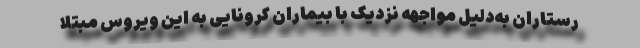
رستاران به‌دلیل مواجهه نزدیک با بیماران کرونایی به این ویروس مبتلا